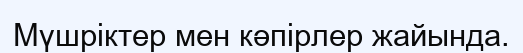
Мүшріктер мен кәпірлер жайында.